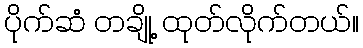
ပိုက်ဆံ တချို့ ထုတ်လိုက်တယ်။